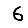
Digit: 6